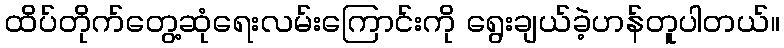
ထိပ်တိုက်တွေ့ဆုံရေးလမ်းကြောင်းကို ရွေးချယ်ခဲ့ဟန်တူပါတယ်။